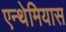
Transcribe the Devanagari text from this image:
एन्थेमियास